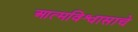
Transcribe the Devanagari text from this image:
आत्मविश्वासाचे